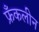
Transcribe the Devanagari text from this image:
फ्रँकलीन